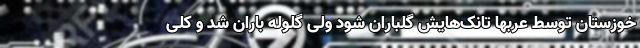
خوزستان توسط عربها تانک‌هایش گلباران شود ولی گلوله باران شد و کلی